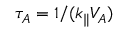
\tau _ { A } = 1 / ( k _ { \parallel } V _ { A } )